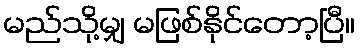
မည်သို့မျှ မဖြစ်နိုင်တော့ပြီ။